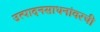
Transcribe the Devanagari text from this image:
उत्पादनसाधनांवरची